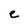
Character: e